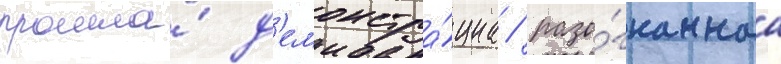
прошла́ д'емонстра́циа / разо́гнаннаа